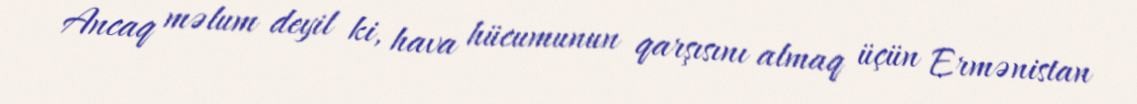
Ancaq məlum deyil ki, hava hücumunun qarşısını almaq üçün Ermənistan